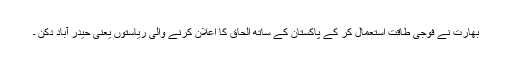
بھارت نے فوجی طاقت استعمال کر کے پاکستان کے ساتھ الحاق کا اعلان کرنے والی ریاستوں یعنی حیدر آباد دکن ۔